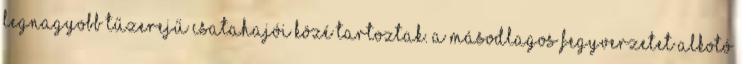
legnagyobb tűzerejű csatahajói közé tartoztak. A másodlagos fegyverzetet alkotó